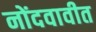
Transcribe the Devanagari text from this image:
नोंदवावीत